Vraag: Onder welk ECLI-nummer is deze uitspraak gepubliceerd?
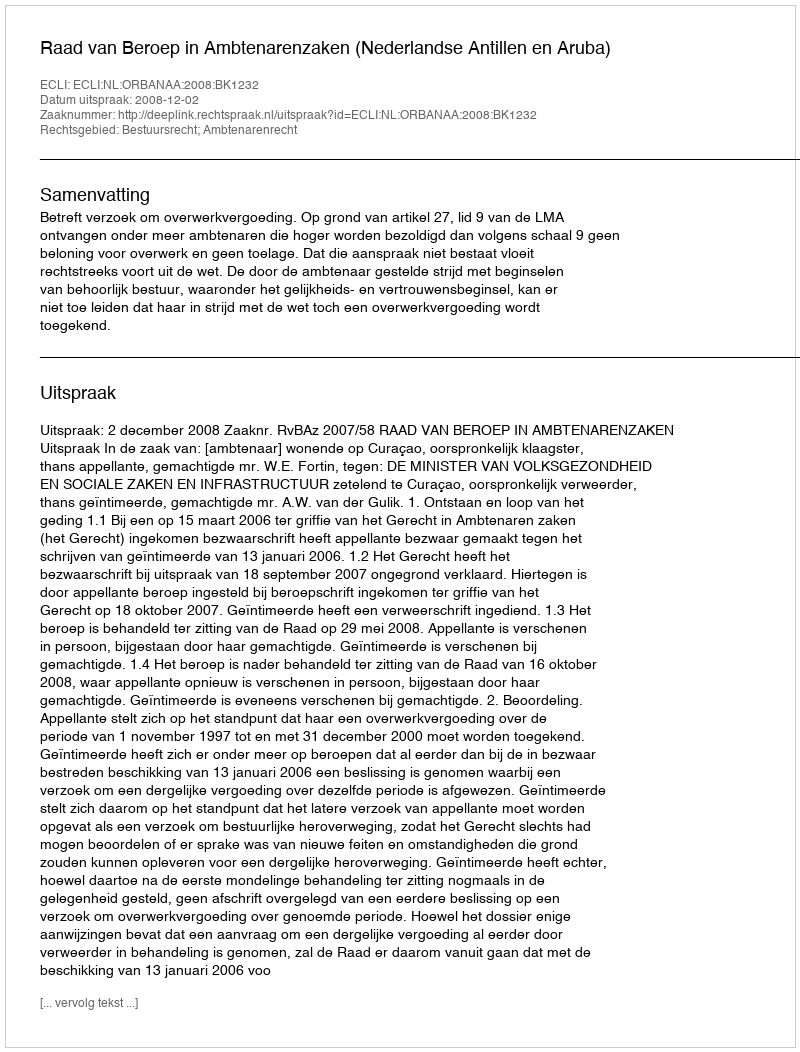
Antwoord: ECLI:NL:ORBANAA:2008:BK1232